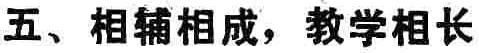
五、相辅相成，教学相长